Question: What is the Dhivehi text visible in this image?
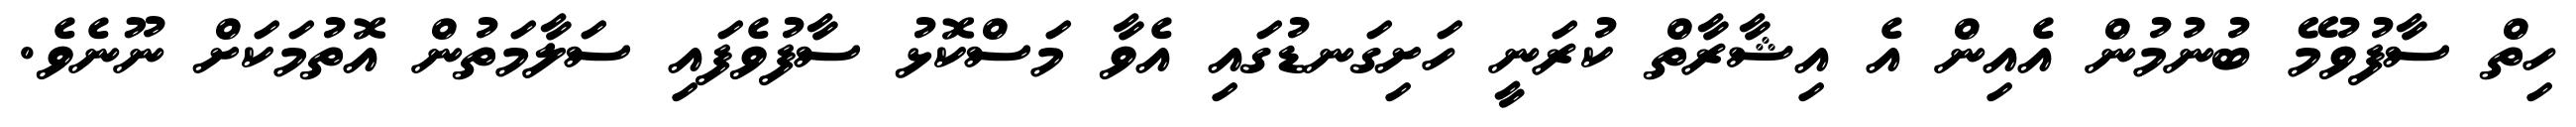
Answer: ހިތް ސާފުވުމޭ ބުނުމުން އެއިން އެ އިޝާރާތް ކުރަނީ ހަށިގަނޑުގައި އެވާ މަސްކޮޅު ސާފުވެފައި ސަލާމަތުން އޮތުމަކަށް ނޫނެވެ.